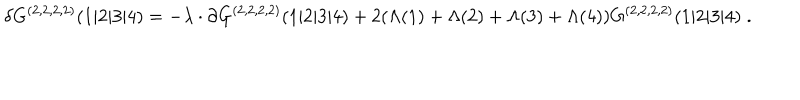
\delta G ^ { ( 2 , 2 , 2 , 2 ) } ( 1 \vert 2 \vert 3 \vert 4 ) = - \lambda \cdot \partial G ^ { ( 2 , 2 , 2 , 2 ) } ( 1 \vert 2 \vert 3 \vert 4 ) + 2 ( \Lambda ( 1 ) + \Lambda ( 2 ) + \Lambda ( 3 ) + \Lambda ( 4 ) ) G ^ { ( 2 , 2 , 2 , 2 ) } ( 1 \vert 2 \vert 3 \vert 4 ) \; .